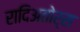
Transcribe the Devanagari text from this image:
रादिअतोर्स